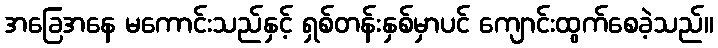
အခြေအနေ မကောင်းသည်နှင့် ရှစ်တန်းနှစ်မှာပင် ကျောင်းထွက်စေခဲ့သည်။